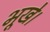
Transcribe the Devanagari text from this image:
भूखे।